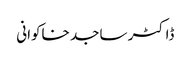
ڈاکٹر ساجد خاکوانی